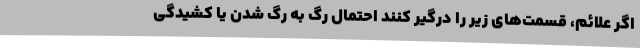
اگر علائم، قسمت‌های زیر را درگیر کنند احتمال رگ به رگ شدن یا کشیدگی